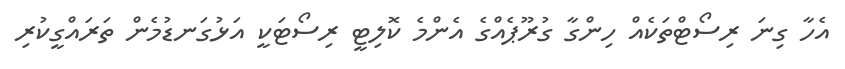
އެހާ ގިނަ ރިސޯޓްތަކެއް ހިންގާ ގުރޫޕެއްގެ އެންމެ ކޮލިޓީ ރިސޯޓަކީ އަޅުގަނޑުމެން ތަރައްގީކުރި